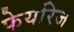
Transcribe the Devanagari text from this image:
फेयरिज